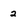
Character: 2